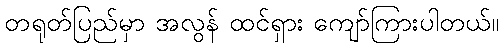
တရုတ်ပြည်မှာ အလွန် ထင်ရှား ကျော်ကြားပါတယ်။